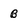
Character: B